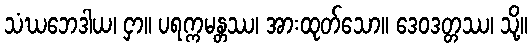
သံဃဘေဒါယ၊ ငှာ။ ပရက္ကမန္တဿ၊ အားထုတ်သော။ ဒေဝဒတ္တဿ၊ သို့။